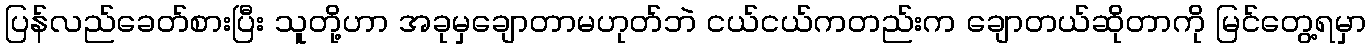
ပြန်လည်ခေတ်စားပြီး သူတို့ဟာ အခုမှချောတာမဟုတ်ဘဲ ငယ်ငယ်ကတည်းက ချောတယ်ဆိုတာကို မြင်တွေ့ရမှာ